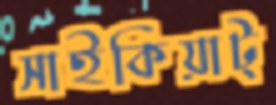
সাইকিয়াট্